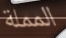
المملة